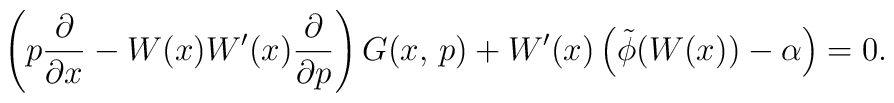
\left(p\frac{\partial}{\partial x}-W(x)W'(x) \frac{\partial}{\partial p}\right)G(x,\,p) +W'(x)\left(\tilde\phi(W(x))-\alpha\right)=0.